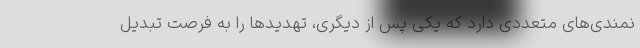
نمندی‌های متعددی دارد که یکی پس از دیگری، تهدیدها را به فرصت تبدیل